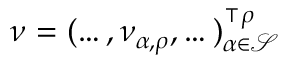
\boldsymbol { \nu } _ { } = ( \dots , \nu _ { \alpha , \rho } , \dots ) _ { \alpha \in \mathcal S } ^ { \intercal \rho }